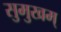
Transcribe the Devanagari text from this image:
सुमुखम्